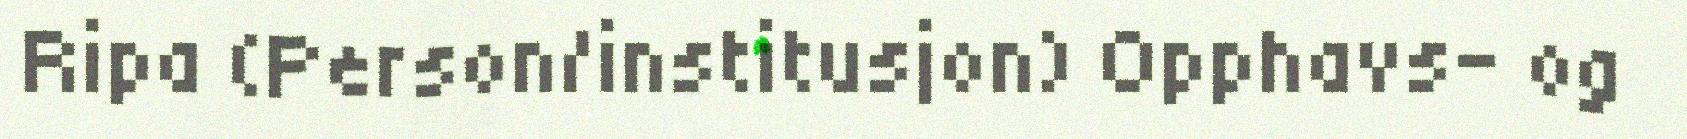
Ripa (Person/institusjon) Opphavs- og